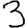
Digit: 3